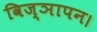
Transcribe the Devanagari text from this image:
विज्ञापन।